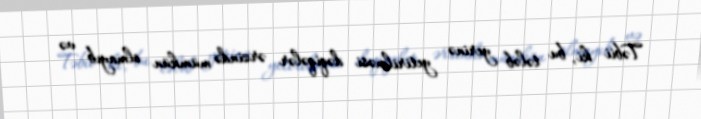
Təbii ki, bu tələb yerinə yetirilməsi dəqiqələr ərzində mümkün olmayıb və